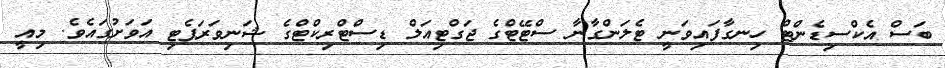
ބަސް އެކްސިޑެންޓް ހިނގާފައިވަނީ ޓެލަންގާނާ ސްޓޭޓްގެ ޖަގްޓިއަލް ޑިސްޓްރިކްޓްގެ ޝަނިވަރަޕެޓި އަވަށުގައެވެ. މިއީ